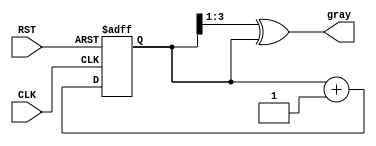
module gray_code_async_counter #(parameter N = 4) (
    input wire CLK,          // Clock signal
    input wire RST,          // Asynchronous reset signal
    output reg [N-1:0] gray  // Gray code output
);
    
    // Internal binary counter
    reg [N-1:0] binary_count;

    // Asynchronous reset and binary counting process
    always @(posedge CLK or posedge RST) begin
        if (RST) begin
            binary_count <= 0; // Reset binary count to 0
        end else begin
            binary_count <= binary_count + 1; // Increment binary count
        end
    end

    // Convert binary to Gray code
    always @(binary_count) begin
        gray <= (binary_count >> 1) ^ binary_count; // Gray code conversion
    end

endmodule